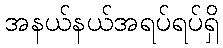
အနယ်နယ်အရပ်ရပ်ရှိ